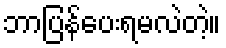
ဘာပြန်ပေးရမလဲတဲ့။